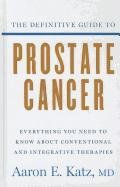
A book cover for The Definitive Guide to Prostate Cancer: Everything You Need to Know about Conventional and Intergrative Therapies (Thorndike Large Print Health, Home and Learning); Aaron E.  MD Katz; Health, Fitness & Dieting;